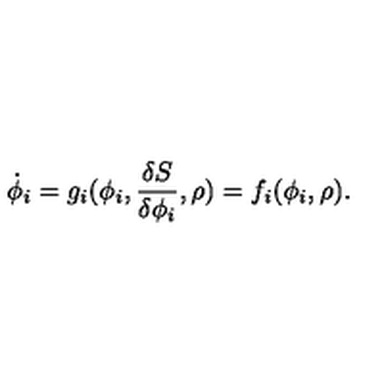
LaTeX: \dot { \phi } _ { i } = g _ { i } ( \phi _ { i } , { \frac { \delta S } { \delta \phi _ { i } } } , \rho ) = f _ { i } ( \phi _ { i } , \rho ) .